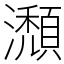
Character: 瀩